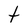
Character: t